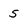
Character: 5